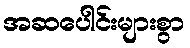
အဆပေါင်းများစွာ